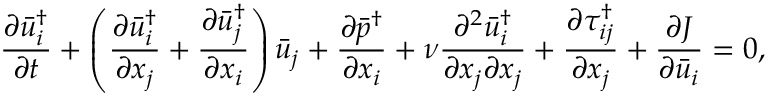
\frac { { \partial \bar { u } _ { i } ^ { \dag } } } { { \partial t } } + \left( { \frac { { \partial \bar { u } _ { i } ^ { \dag } } } { { \partial { x _ { j } } } } + \frac { { \partial \bar { u } _ { j } ^ { \dag } } } { { \partial { x _ { i } } } } } \right) { { \bar { u } } _ { j } } + \frac { { \partial { { \bar { p } } ^ { \dag } } } } { { \partial { x _ { i } } } } + \nu \frac { { { \partial ^ { 2 } } \bar { u } _ { i } ^ { \dag } } } { { \partial { x _ { j } } \partial { x _ { j } } } } + \frac { { \partial \tau _ { i j } ^ { \dag } } } { { \partial { x _ { j } } } } + \frac { { \partial J } } { { \partial { { \bar { u } } _ { i } } } } = 0 ,